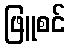
ဖြူစင်